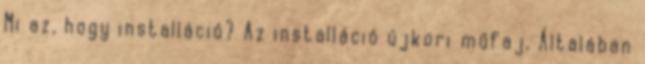
Mi az, hogy installáció? Az installáció újkori műfaj. Általában